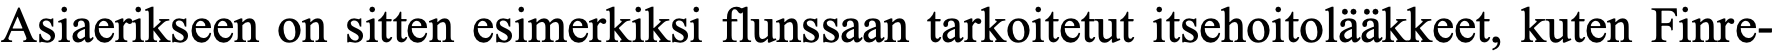
Asiaerikseen on sitten esimerkiksi flunssaan tarkoitetut itsehoitolääkkeet, kuten Finre-